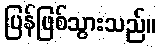
ပြန်ဖြစ်သွားသည်။